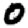
Digit: 0